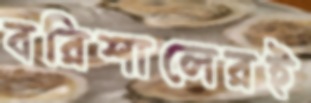
বরিশালেরই